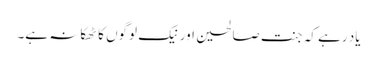
یاد رہے کہ جنت صالحین اور نیک لوگوں کا ٹھکانہ ہے۔